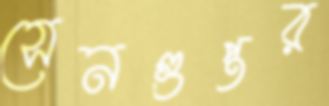
সেনগুপ্তর